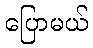
ပြောမယ်